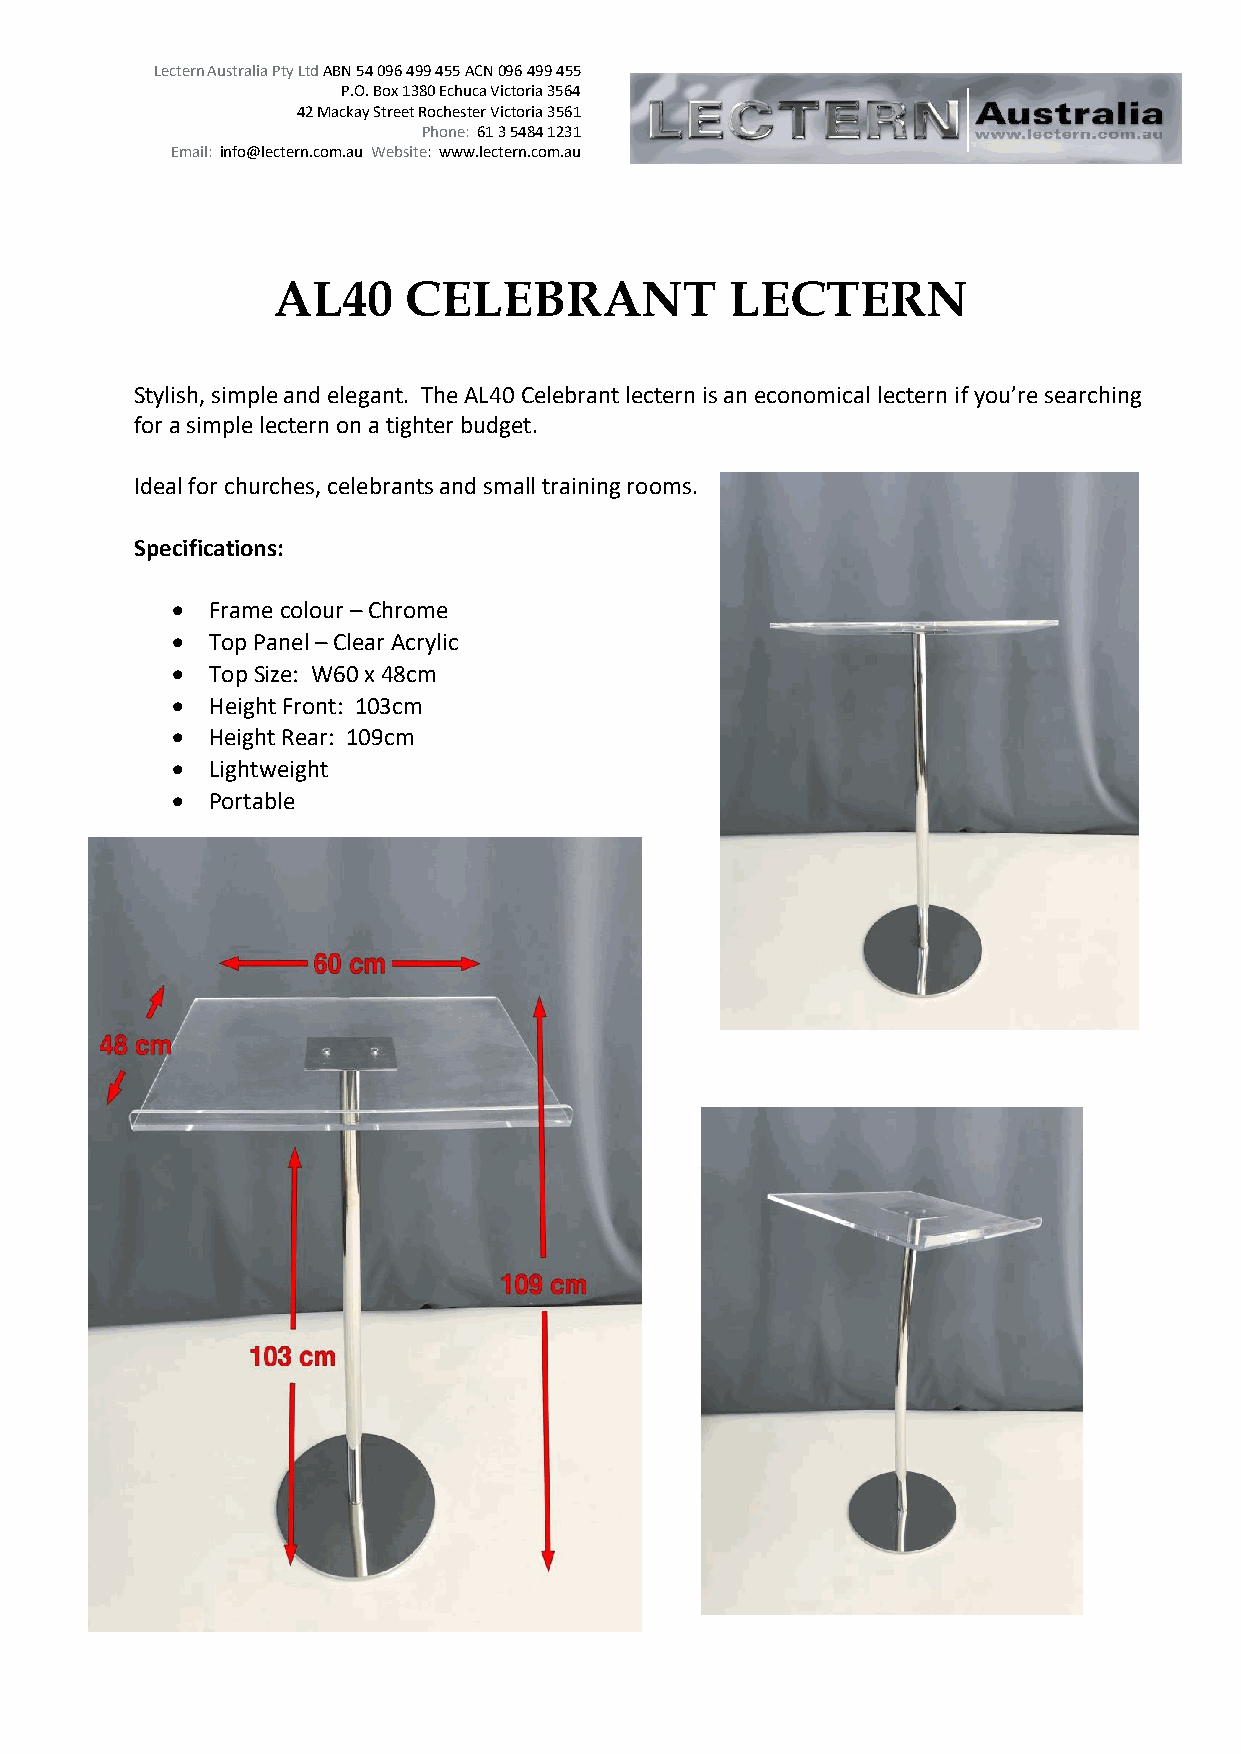
Lectern Australia Pty Ltd ABN 54 096 499 455 ACN 096 499 455
 P.O. Box 1380 Echuca Victoria 3564
 42 Mackay Street Rochester Victoria 3561
 Phone: 61 3 5484 1231
 Email: info@lectern.com.au Website: www.lectern.com.au
 AL40     CELEBRANT            LECTERN
 Stylish, simple and elegant. The AL40 Celebrant lectern is an economical lectern if you’re searching
 for a simple lectern on a tighter budget.
 Ideal for churches, celebrants and small training rooms.
 Specifications:
 •  Frame colour – Chrome
 •  Top Panel – Clear Acrylic
 •  Top Size: W60 x 48cm
 •  Height Front: 103cm
 •  Height Rear: 109cm
 •  Lightweight
 •  Portable